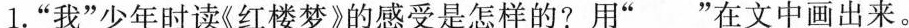
1.“我”少年时读《红楼梦》的感受是怎样的?用“___”在文中画出来。